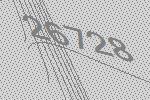
26728